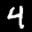
Label: 4